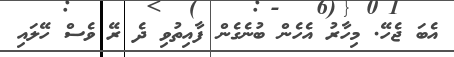
އެބަ ޖެހޭ. މިހާރު އެހެން ބުނެގެން ފާއިތުވި ދެ ރޭ ވެސް ހޭލައި